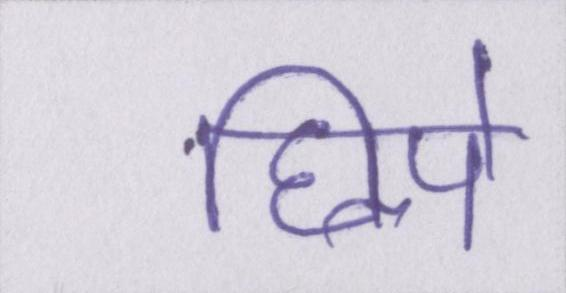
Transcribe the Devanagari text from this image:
छिपे